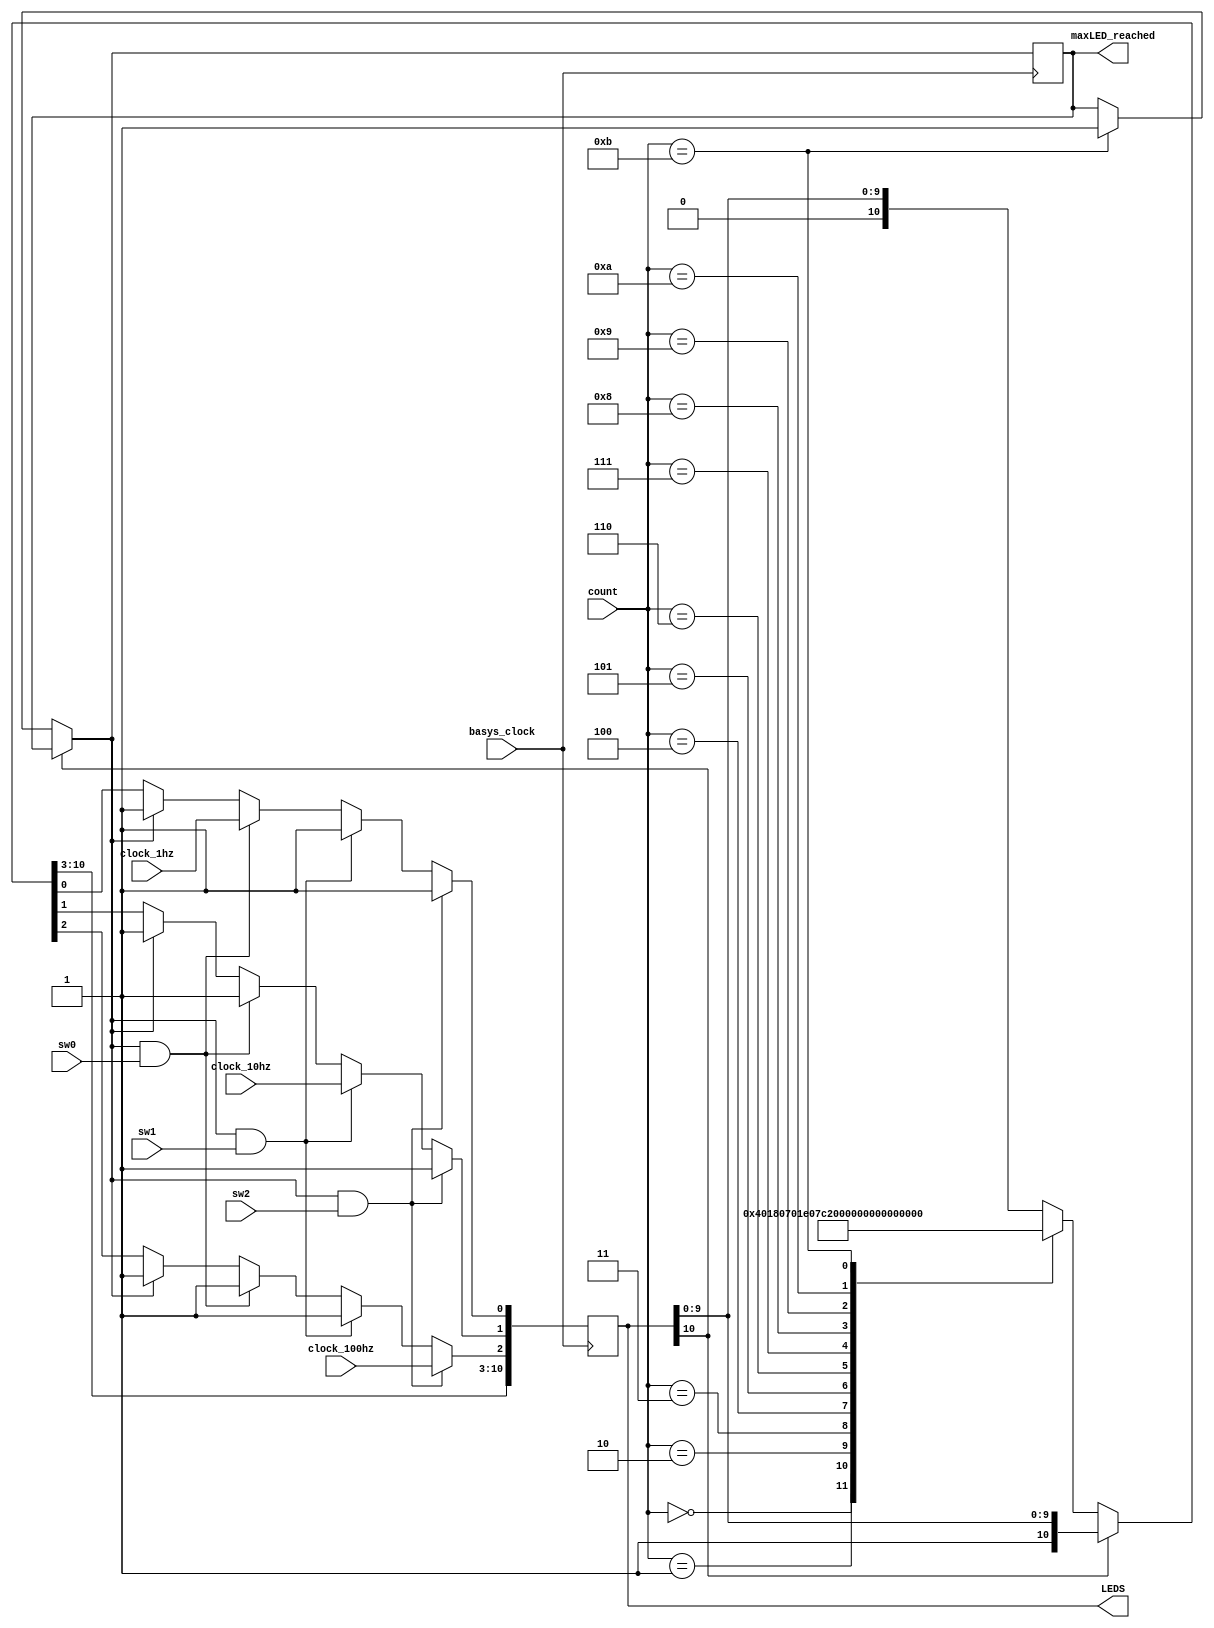
`timescale 1ns / 1ps
//////////////////////////////////////////////////////////////////////////////////
// Company: 
// Engineer: 
// 
// Design Name: 
// Module Name: led_A_handler
// Project Name: 
// Target Devices: 
// Tool Versions: 
// Description: 
// 
// Dependencies: 
// 
// Revision:
// Revision 0.01 - File Created
// Additional Comments:
// 
//////////////////////////////////////////////////////////////////////////////////


module led_A_handler(input basys_clock, clock_100hz, clock_10hz, clock_1hz, input [3:0] count, input sw0, sw1, sw2, 
                     output reg [10:0] LEDS = 0, output reg maxLED_reached = 0);
    
    always @ (posedge basys_clock) 
    begin
    
    if (!LEDS[10]) begin
        case(count)
        4'b0000: begin
        LEDS = 11'b00000000000;
        end
        
        4'b0001: begin
        LEDS = 11'b00000000001;
        end
        
        4'b0010: begin
        LEDS = 11'b00000000011;
        end
        
        4'b0011: begin
        LEDS = 11'b00000000111;
        end
        
        4'b0100: begin
        LEDS = 11'b00000001111;
        end
        
        4'b0101: begin
        LEDS = 11'b00000011111;
        end
        
        4'b0110: begin
        LEDS = 11'b00000111111;
        end
        
        4'b0111: begin
        LEDS = 11'b00001111111;
        end
        
        4'b1000: begin
        LEDS = 11'b00011111111;
        end
        
        4'b1001: begin
        LEDS = 11'b00111111111;
        end
        
        4'b1010: begin
        LEDS = 11'b01111111111;
        end
        
        4'b1011: begin
        LEDS = 11'b11111111111;
        maxLED_reached = 1;
        end
        
        endcase 
    end
         
    if (maxLED_reached && sw2) begin
        LEDS[2] <= clock_100hz;
        LEDS[1:0] <= 2'b11;
    end else if (maxLED_reached && sw1) begin
        LEDS[1] <= clock_10hz;
        LEDS[2] = 1;
        LEDS[0] = 1;
    end else if (maxLED_reached && sw0) begin
        LEDS[0] <= clock_1hz;
        LEDS[2:1] <= 2'b11;
    end else if (maxLED_reached) begin
        LEDS[2:0] <= 3'b111;
    end
    
end
    
    
endmodule